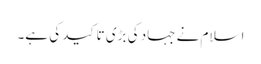
اسلام نے جہاد کی بڑی تاکید کی ہے۔